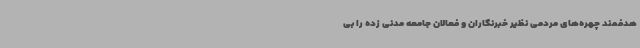
هدفمند چهره‌های مردمی نظیر خبرنگاران و فعالان جامعه مدنی زده را بی